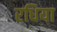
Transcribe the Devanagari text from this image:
रधिया